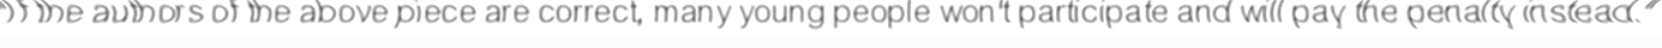
"If the authors of the above piece are correct, many young people won't participate and will pay the penalty instead."